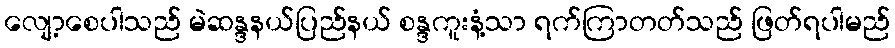
လျော့စေပါသည် မဲဆန္ဒနယ်ပြည်နယ် စန္ဒကူးနံ့သာ ရက်ကြာတတ်သည် ဖြတ်ရပါမည်